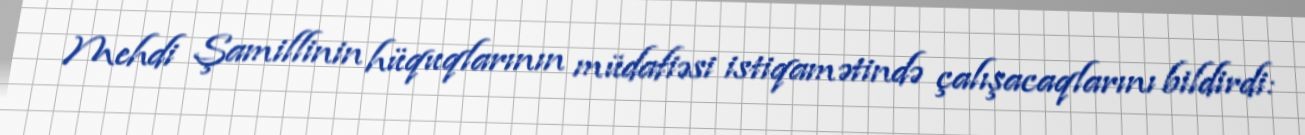
Mehdi Şamillinin hüquqlarının müdafiəsi istiqamətində çalışacaqlarını bildirdi: